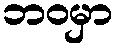
ဘဝမှာ